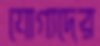
যোগ্যদের